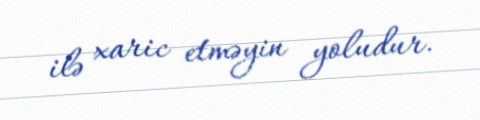
ilə xaric etməyin yoludur.